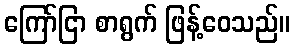
ကြော်ငြာ စာရွက် ဖြန့်ဝေသည်။